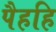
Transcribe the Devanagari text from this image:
पैहहि